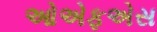
ઓએફએસ